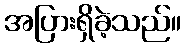
အပြားရှိခဲ့သည်။